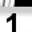
Digit: 1